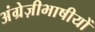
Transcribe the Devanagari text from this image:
अंग्रेज़ीभाषीयों